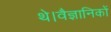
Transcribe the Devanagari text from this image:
थे।वैज्ञानिकों